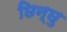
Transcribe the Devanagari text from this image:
छिन्छु